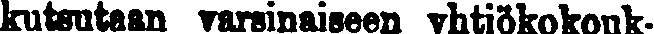
Kutsutaan varsinaiseen yntiökokouk-